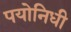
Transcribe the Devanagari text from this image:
पयोनिधी